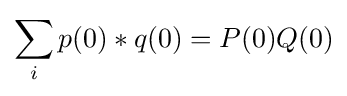
\sum _{i}p(0)*q(0)=P(0)Q(0)